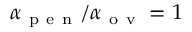
\alpha _ { \mathrm { ~ p ~ e ~ n ~ } } / \alpha _ { \mathrm { ~ o ~ v ~ } } = 1